Annual report of the Camel Specialist
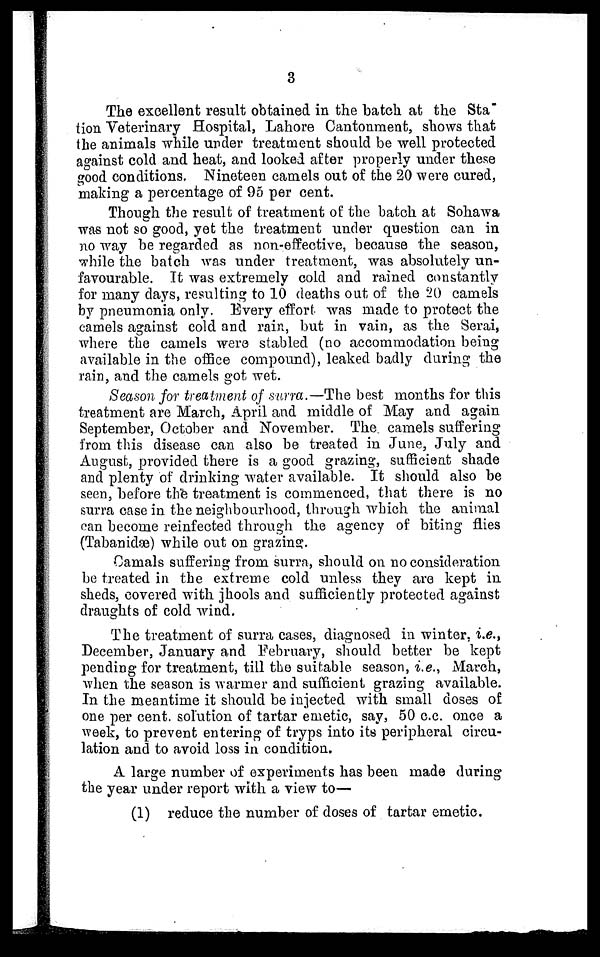
3
The excellent result obtained in the batch at the Sta
tion Veterinary Hospital, Lahore Cantonment, shows that
the animals while under treatment should be well protected
against cold and heat, and looked after properly under these
good conditions. Nineteen camels out of the 20 were cured,
making a percentage of 95 per cent.
Though the result of treatment of the batch at Sohawa
was not so good, yet the treatment under question can in
no way be regarded as non-effective, because the season,
while the batch was under treatment, was absolutely un-
favourable. It was extremely cold and rained constantly
for many days, resulting to 10 deaths out of the 20 camels
by pneumonia only. Every effort was made to protect the
camels against cold and rain, but in vain, as the Serai,
where the camels were stabled (no accommodation being
available in the office compound), leaked badly during the
rain, and the camels got wet.
Season for treatment of surra.—The best months for this
treatment are March, April and middle of May and again
September, October and November. The camels suffering
from this disease can also be treated in June, July and
August, provided there is a good grazing, sufficient shade
and plenty of drinking water available. It should also be
seen, before the treatment is commenced, that there is no
surra case in the neighbourhood, through which the animal
can become reinfected through the agency of biting flies
(Tabanidæ) while out on grazing.
Camals suffering from surra, should on no consideration
be treated in the extreme cold unless they are kept in
sheds, covered with jhools and sufficiently protected against
draughts of cold wind.
The treatment of surra cases, diagnosed in winter, i.e.,
December, January and February, should better be kept
pending for treatment, till the suitable season, i.e., March,
when the season is warmer and sufficient grazing available.
In the meantime it should be injected with small doses of
one per cent solution of tartar emetic, say, 50 c.c. once a
week, to prevent entering of tryps into its peripheral circu-
lation and to avoid loss in condition.
A large number of experiments has been made during
the year under report with a view to—
(1) reduce the number of doses of tartar emetic.